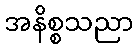
အနိစ္စသညာ